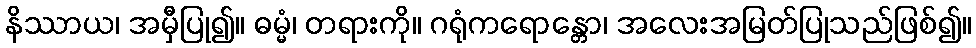
နိဿာယ၊ အမှီပြု၍။ ဓမ္မံ၊ တရားကို။ ဂရုံကရောန္တော၊ အလေးအမြတ်ပြုသည်ဖြစ်၍။